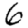
Digit: 6